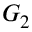
G _ { 2 }